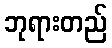
ဘုရားတည်